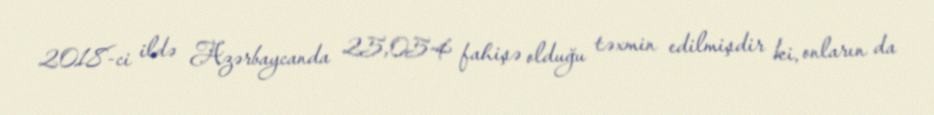
2018-ci ildə Azərbaycanda 25,054 fahişə olduğu təxmin edilmişdir ki, onların da